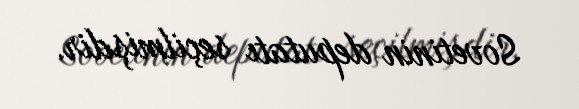
Sovetinin deputatı seçilmişdir.